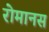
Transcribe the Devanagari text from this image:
रोमानस